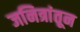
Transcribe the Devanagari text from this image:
जनित्रांतून